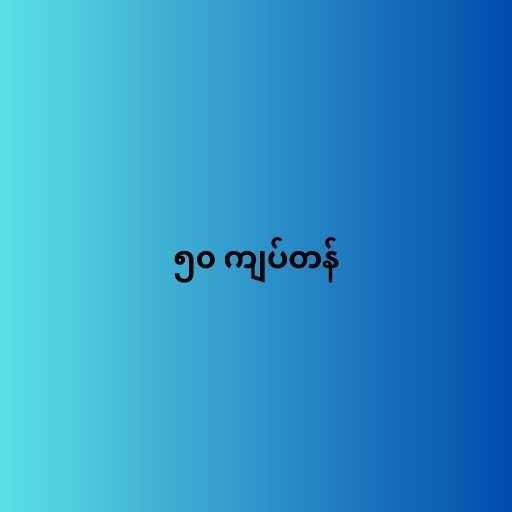
၅၀ ကျပ်တန်